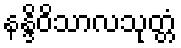
နန္ဒိဝိသာလသုတ္တံ